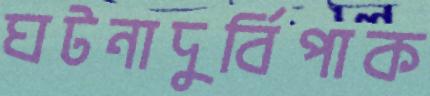
ঘটনাদুর্বিপাক